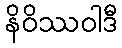
နိဝိဿဝါဒီ